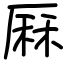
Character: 厤